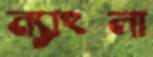
ন্যাংলা